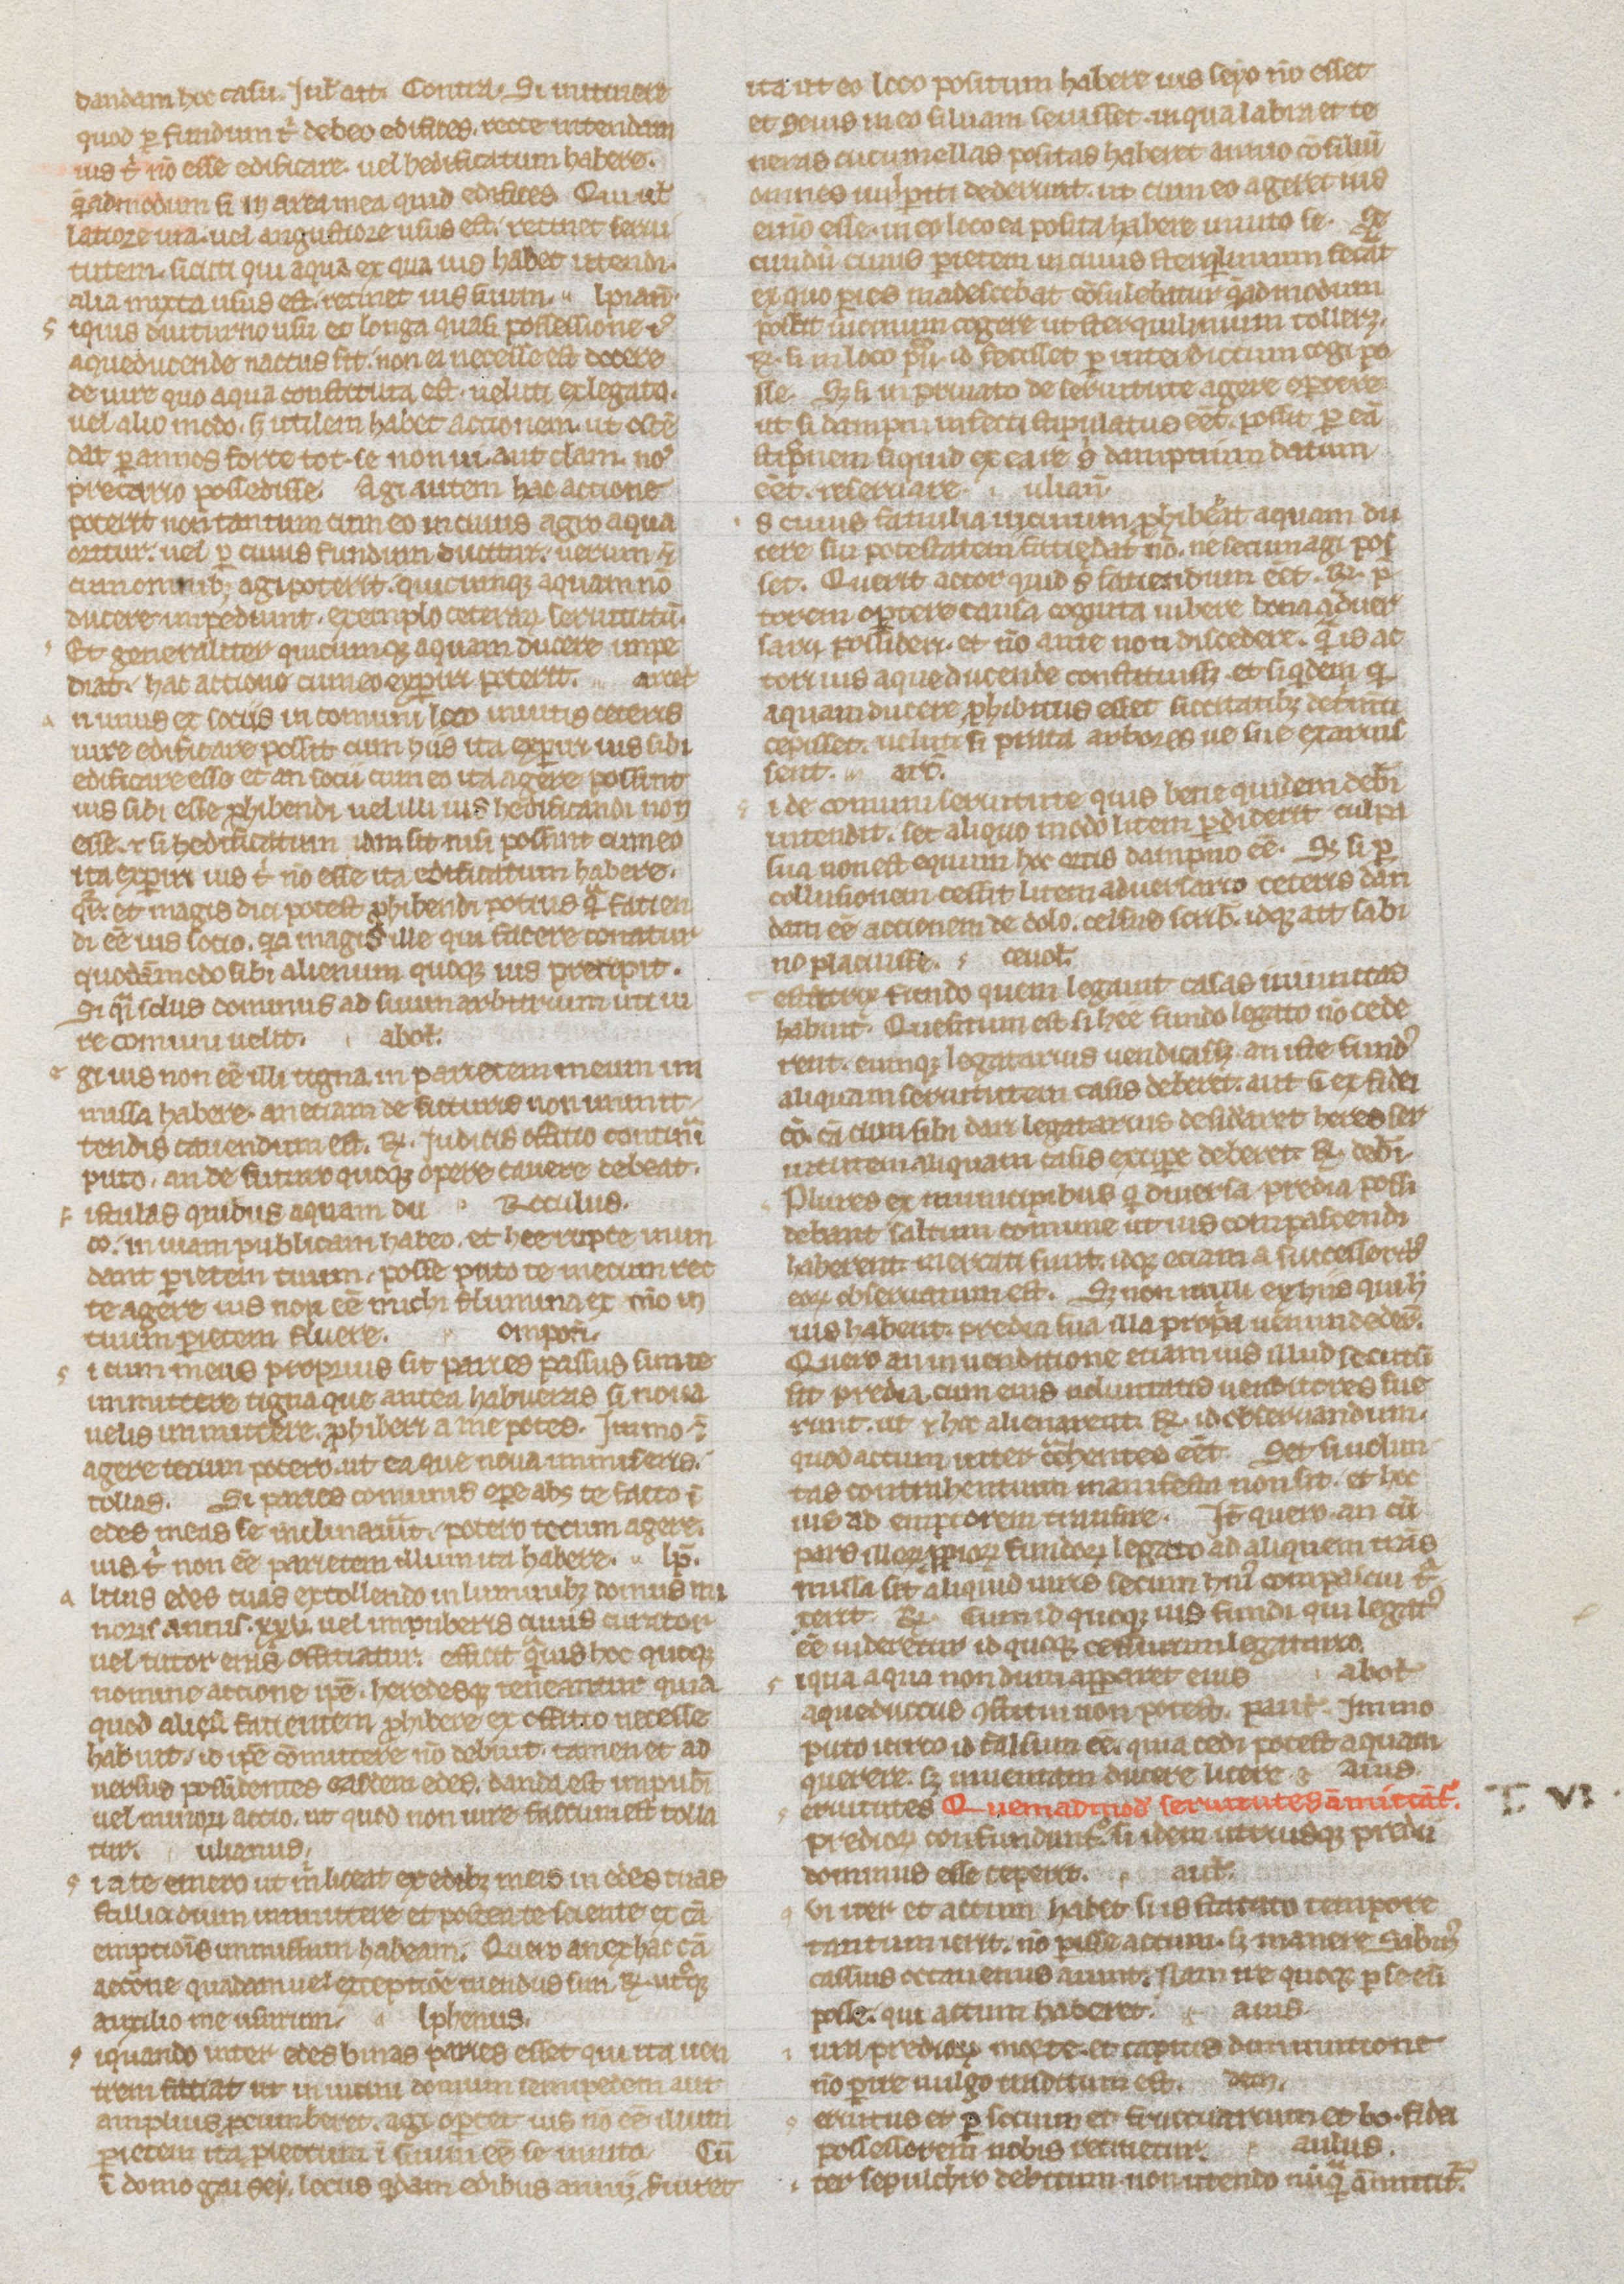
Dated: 1235–1265